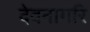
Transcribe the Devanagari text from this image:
देवनागरि